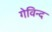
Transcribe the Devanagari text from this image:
गेविन्द